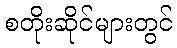
စတိုးဆိုင်များတွင်